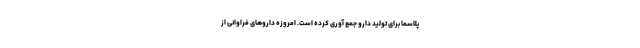
پلاسما برای تولید دارو جمع آوری کرده است. امروزه داروهای فراوانی از